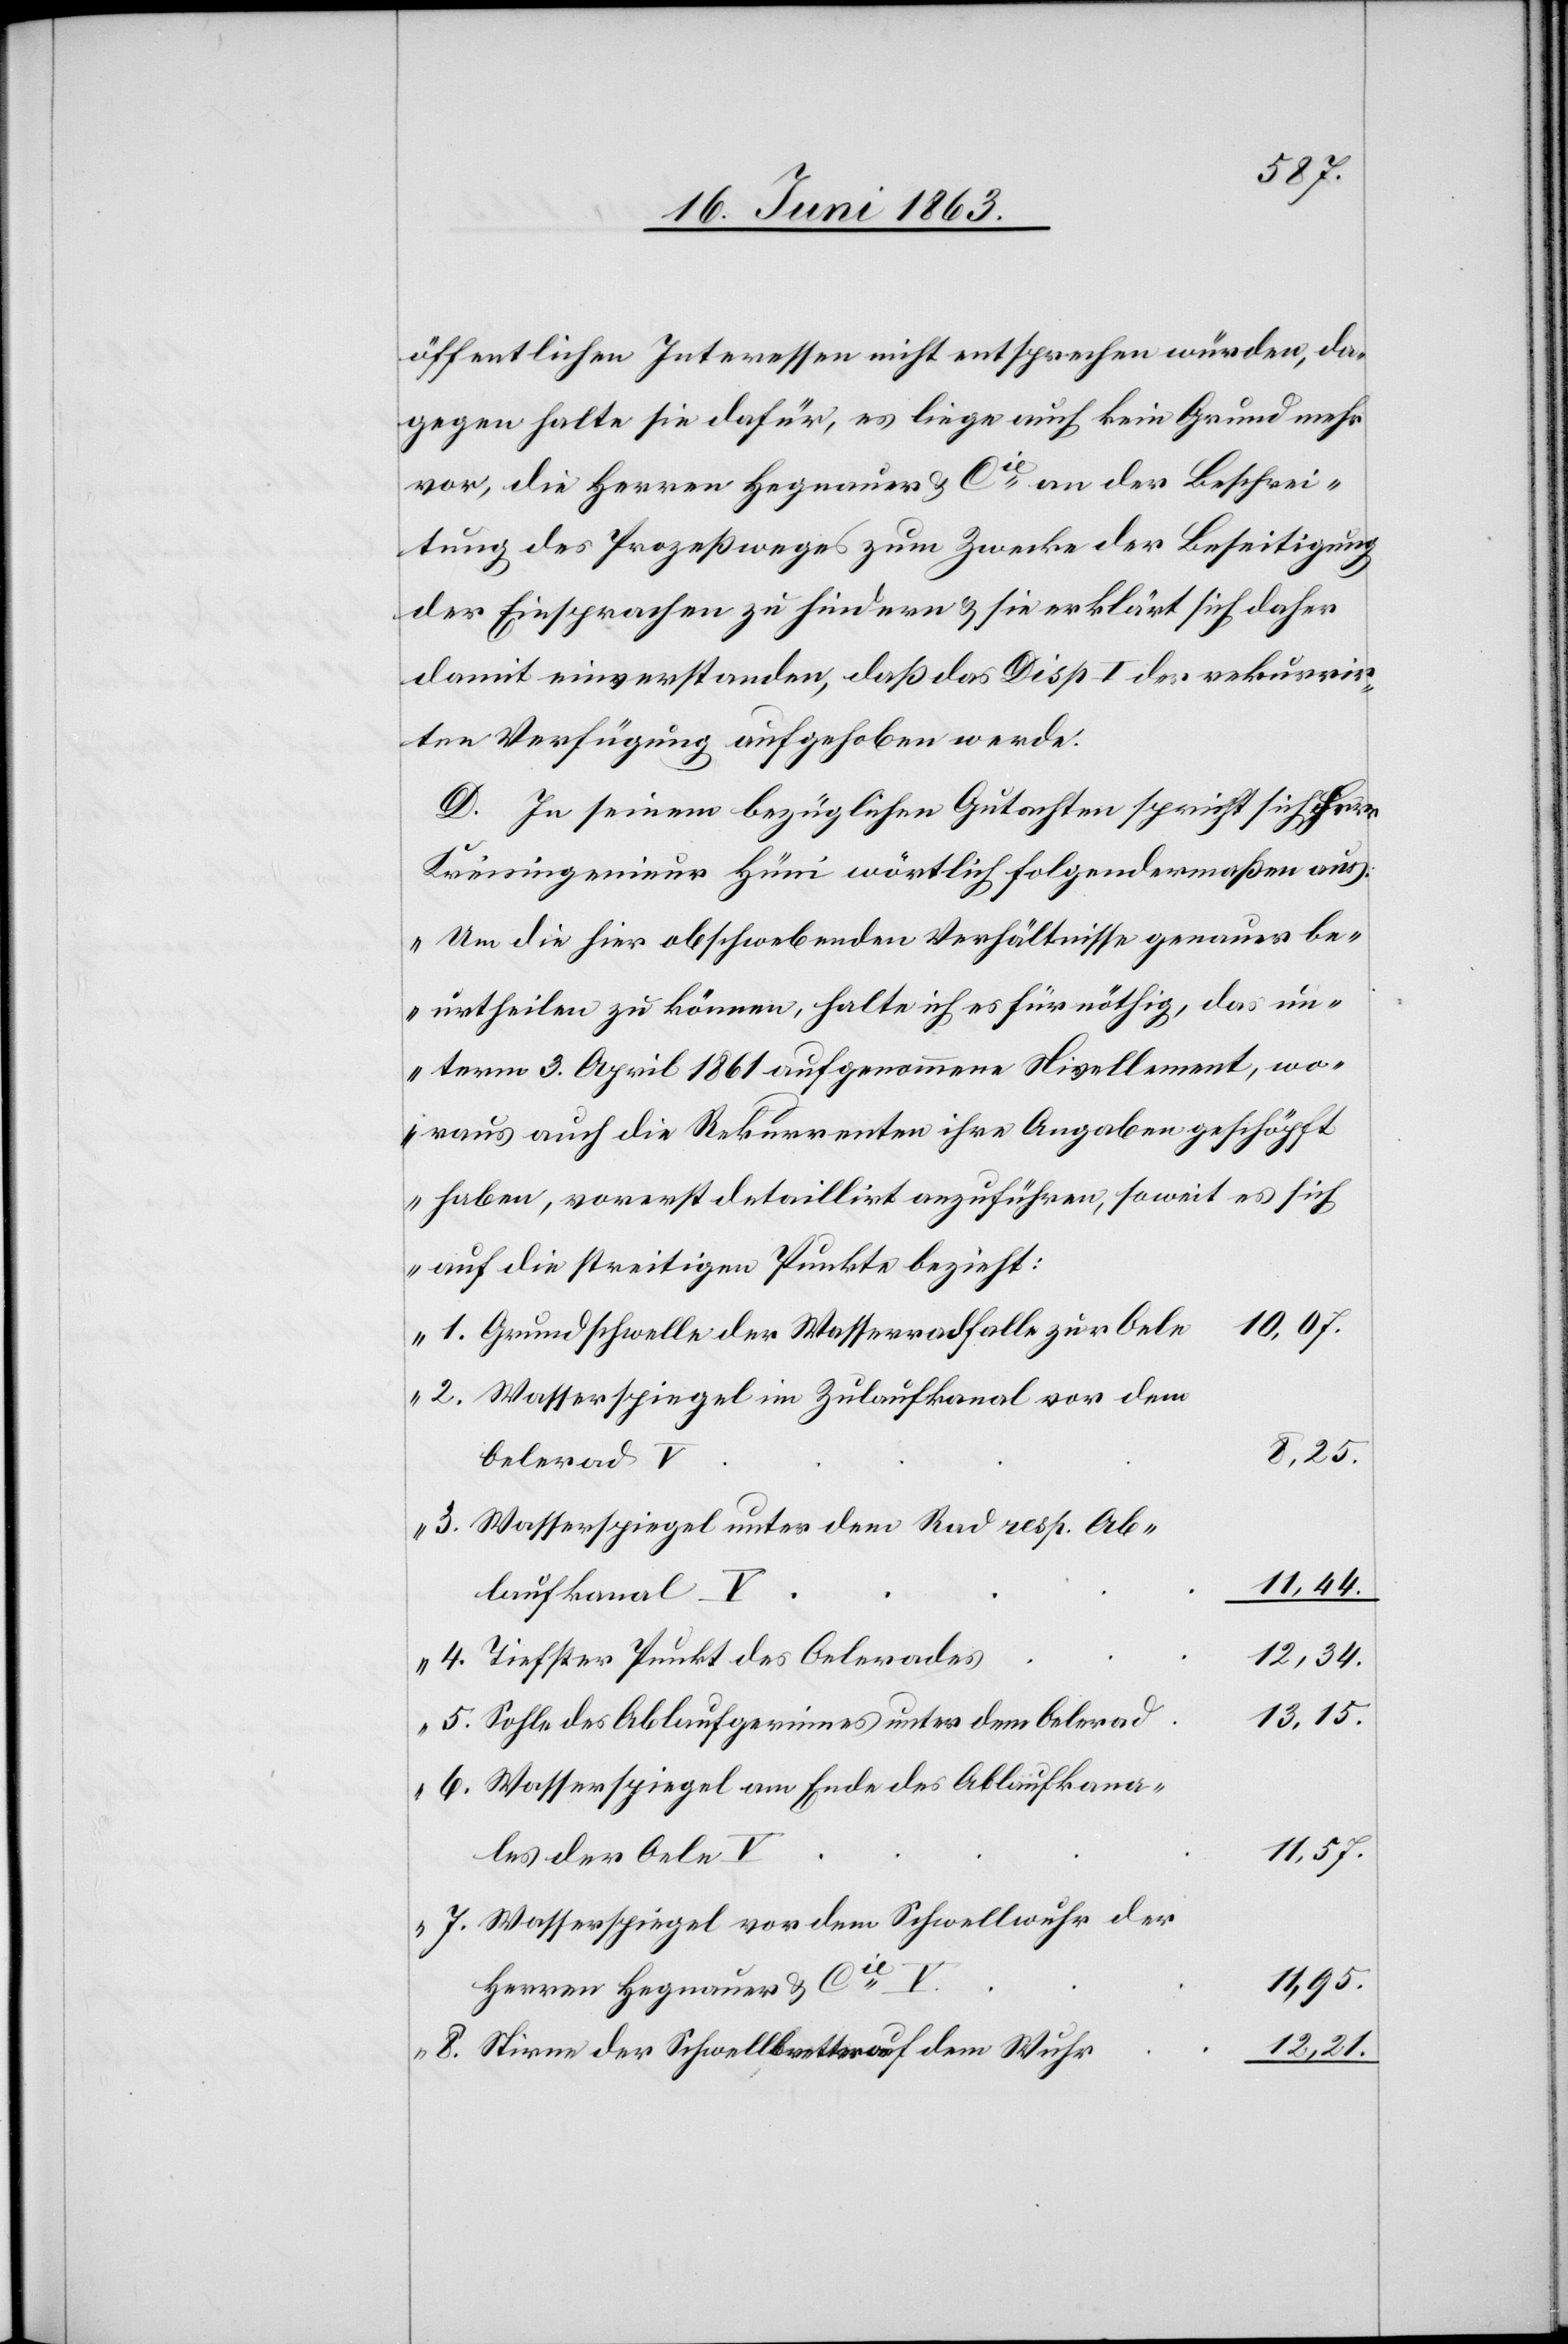
e	10,07.
öffentlichen Interessen nicht entsprochen würden, da¬
gegen halte sie dafür, es liege auch kein Grund mehr
vor, die Herren Hegnauer & Cie an der Beschrei¬
tung des Prozeßweges zum Zwecke der Beseitigung
der Einsprachen zu hindern & sie erklärt sich daher
damit einverstanden, daß das Disp I der rekurrir¬
ten Verfügung aufgehoben werde.
D. In seinem bezüglichen Gutachten spricht sich Herr
Kreisingenieur Hüni wörtlich folgendermaßen aus:
„Um die hier obschwebenden Verhältnisse genauer be¬
urtheilen zu können, halte ich es für nöthig, das un¬
term 3. April 1861 aufgenommene Nivellement, wo¬
raus auch die Rekurrenten ihre Angaben geschöpft
haben, vorerst detaillirt anzuführen, soweit es sich
auf die streitigen Punkte bezieht:
1. Grundschwelle der Wasserradfalle zur Oel¬
2. Wasserspiegel im Zulaufkanal vor dem
8,25.
Oelerad
3. Wasserspiegel unter dem Rad resp. Ab¬
laufkanal
4. Tiefster Punkt des Oelerade¬
s	12,34.
d	13,15.
5. Sohle des Ablaufgerinnes unter dem Oelera¬
6. Wasserspiegel am Ende des Ablaufkana¬
les der Oele
7. Wasserspiegel vor dem Schwellwuhr der
Herren Hegnauer & Cie
8. Stirne der Schwellbretter auf dem Wuh¬
r	12,21.